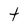
Character: t